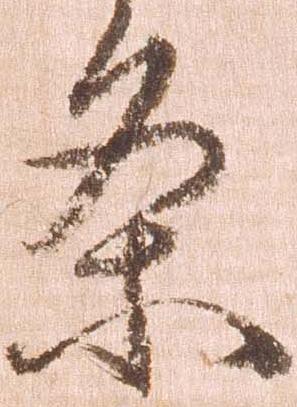
条